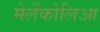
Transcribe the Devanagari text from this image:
मेलेंकोलिआ